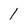
Character: 1